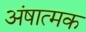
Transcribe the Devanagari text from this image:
अंषात्मक